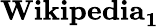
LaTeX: \mathbf{Wikipedia_{1}}